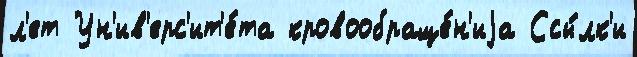
л'ет Ун'ив'ерс'ит'е́та кровообраще́н'иjа Ссы́лк'и